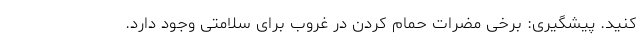
کنید. پیشگیری: برخی مضرات حمام کردن در غروب برای سلامتی وجود دارد.